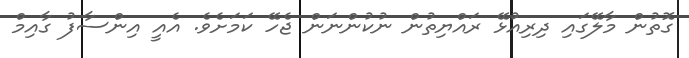
ގޮތުން މާލޭގައި ދިރިއުޅޭ ރައްޔިތުން ނުކުންނަން ޖެހޭ ކަމަށެވެ. އެއީ އިންސާފު ގާއިމް